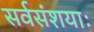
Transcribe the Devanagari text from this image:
सर्वसंशयाः